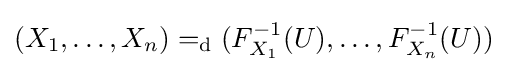
(X_{1},\ldots ,X_{n})=_{\text{d}}(F_{X_{1}}^{-1}(U),\ldots ,F_{X_{n}}^{-1}(U))